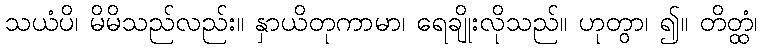
သယံပိ၊ မိမိသည်လည်း။ နှာယိတုကာမာ၊ ရေချိုးလိုသည်။ ဟုတွာ၊ ၍။ တိတ္ထံ၊